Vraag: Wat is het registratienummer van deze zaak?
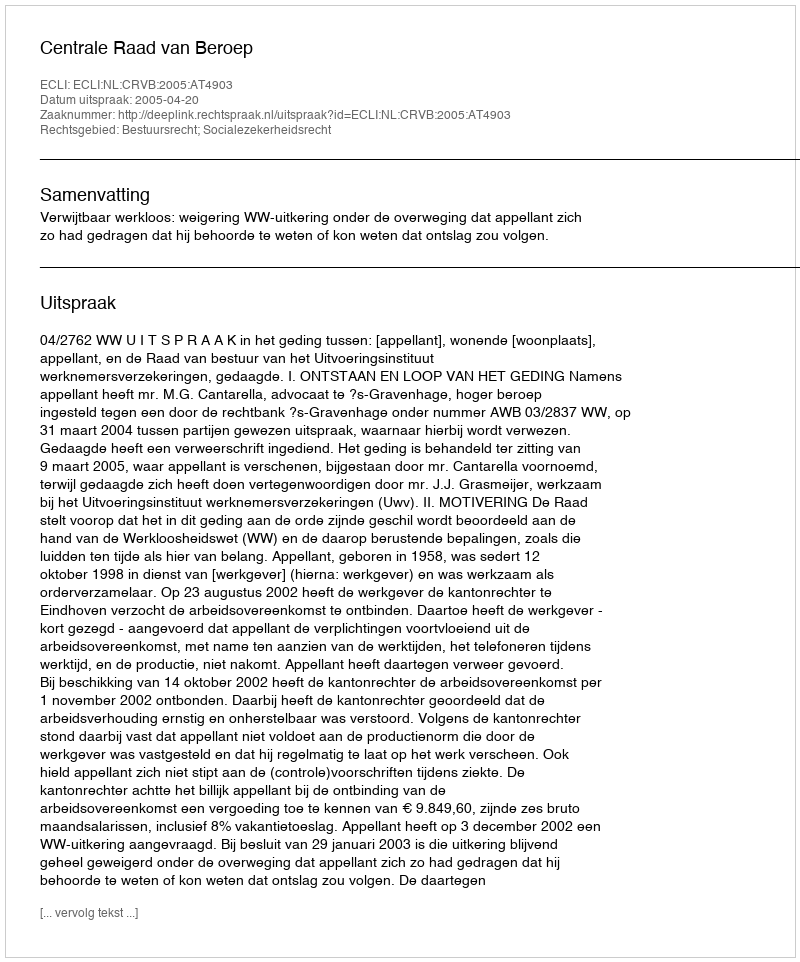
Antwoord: http://deeplink.rechtspraak.nl/uitspraak?id=ECLI:NL:CRVB:2005:AT4903